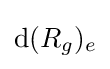
\mathrm {d} (R_{g})_{e}